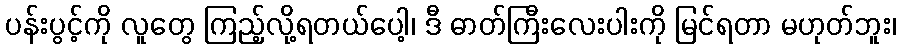
ပန်းပွင့်ကို လူတွေ ကြည့်လို့ရတယ်ပေါ့၊ ဒီ ဓာတ်ကြီးလေးပါးကို မြင်ရတာ မဟုတ်ဘူး၊